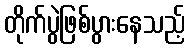
တိုက်ပွဲဖြစ်ပွားနေသည့်